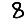
Digit: 8